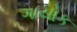
ગાયોક